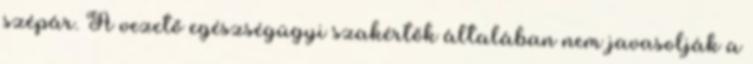
szépár. A vezető egészségügyi szakértők általában nem javasolják a